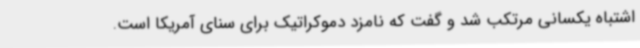
اشتباه یکسانی مرتکب شد و گفت که نامزد دموکراتیک برای سنای آمریکا است.